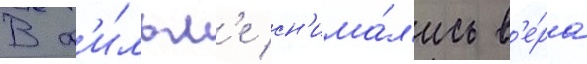
В ф'и́льм'е сн'има́л'ись в'е́ра